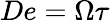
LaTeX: De=\Omega\tau